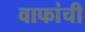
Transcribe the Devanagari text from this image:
वाफांची